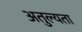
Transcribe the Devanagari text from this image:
अतुल्यता